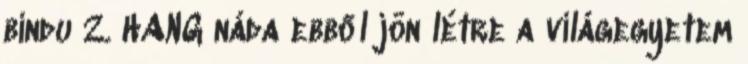
bindu 2. HANG náda ebből jön létre a világegyetem